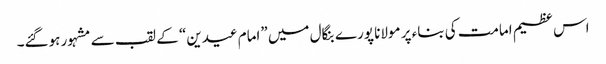
اس عظیم امامت کی بناء پر مولانا پورے بنگال میں ”امام عیدین“ کے لقب سے مشہور ہوگئے۔